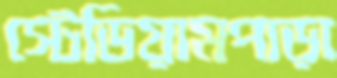
স্টেডিয়ামপাড়া